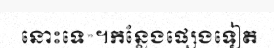
នោះទេ»។កន្លែងផ្សេងទៀត